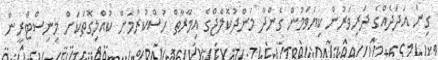
ގިނަ އަަދަދެއްގެ ދަރިވަރުން ކިޔަވަމުން ގެންދާ މަންދުކޮލެޖްގެ އިމާރާތް ހުސްކުރުމަށް ކުއްލިގޮތަކަށް މިނިސްޓްރީން